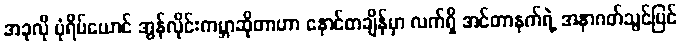
အခုလို ပုံရိပ်ယောင် အွန်လိုင်းကမ္ဘာဆိုတာဟာ နောင်တချိန်မှာ လက်ရှိ အင်တာနက်ရဲ့ အနာဂတ်သွင်ပြင်